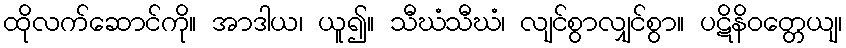
ထိုလက်ဆောင်ကို။ အာဒါယ၊ ယူ၍။ သီဃံသီဃံ၊ လျင်စွာလျှင်စွာ။ ပဋိနိဝတ္တေယျ၊